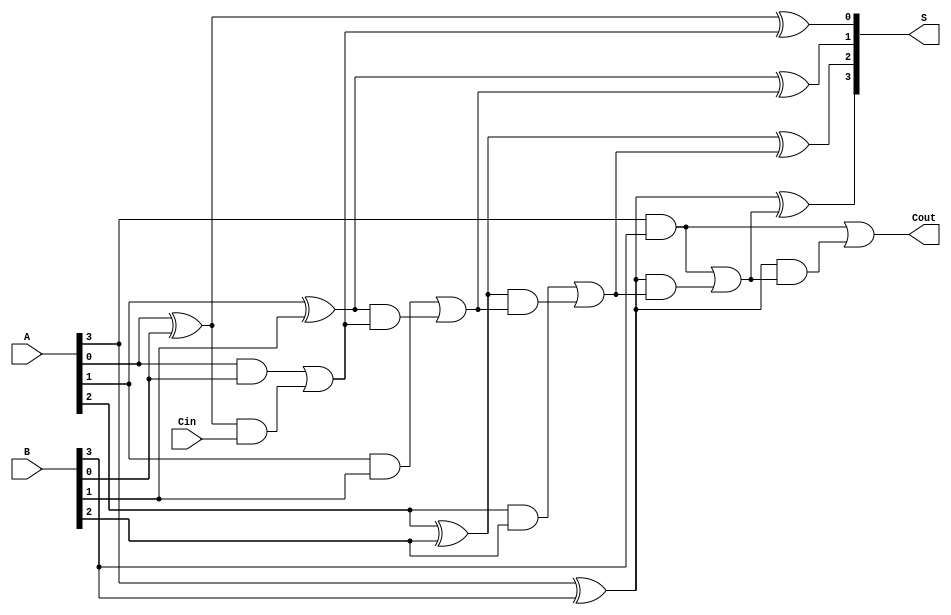
module han_carlson_adder #(
    parameter n = 4 // Width of the operands
)(
    input [n-1:0] A,       // First operand
    input [n-1:0] B,       // Second operand
    input Cin,             // Carry-in
    output [n-1:0] S,      // Sum output
    output Cout            // Carry-out
);

// Internal wires for generate and propagate signals
wire [n-1:0] G; // Generate signals
wire [n-1:0] P; // Propagate signals
wire [n:0] C;    // Carry signals

// Generate and propagate calculations
genvar i;
generate
    for (i = 0; i < n; i = i + 1) begin : gen_prop
        assign G[i] = A[i] & B[i]; // Generate
        assign P[i] = A[i] ^ B[i]; // Propagate
    end
endgenerate

// Carry calculations
assign C[0] = G[0] | (P[0] & Cin); // C1
generate
    for (i = 1; i < n; i = i + 1) begin : carry_calc
        assign C[i] = G[i] | (P[i] & C[i-1]); // C2, C3, ..., Cn
    end
endgenerate
assign Cout = G[n-1] | (P[n-1] & C[n-1]); // Final carry-out

// Sum calculations
generate
    for (i = 0; i < n; i = i + 1) begin : sum_calc
        assign S[i] = P[i] ^ C[i]; // Sum S0, S1, ..., Sn-1
    end
endgenerate

endmodule